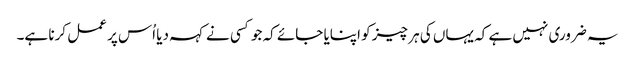
یہ ضروری نہیں ہے کہ یہاں کی ہر چیز کو اپنایا جائے کہ جو کسی نے کہہ دیا اُس پر عمل کرنا ہے۔